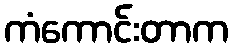
ကံကောင်းတာက